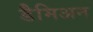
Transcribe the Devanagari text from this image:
डैमिअन